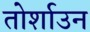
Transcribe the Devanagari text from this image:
तोर्शाउन